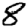
Digit: 8